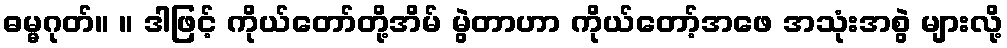
ဓမ္မဂုတ်။ ။ ဒါဖြင့် ကိုယ်တော်တို့အိမ် မွဲတာဟာ ကိုယ်တော့်အဖေ အသုံးအစွဲ များလို့